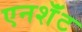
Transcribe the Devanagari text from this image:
एनशॅंट